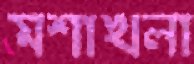
মশাখলা